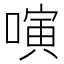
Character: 𠻤